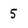
Character: 5